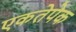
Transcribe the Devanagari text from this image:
एकतेपेक